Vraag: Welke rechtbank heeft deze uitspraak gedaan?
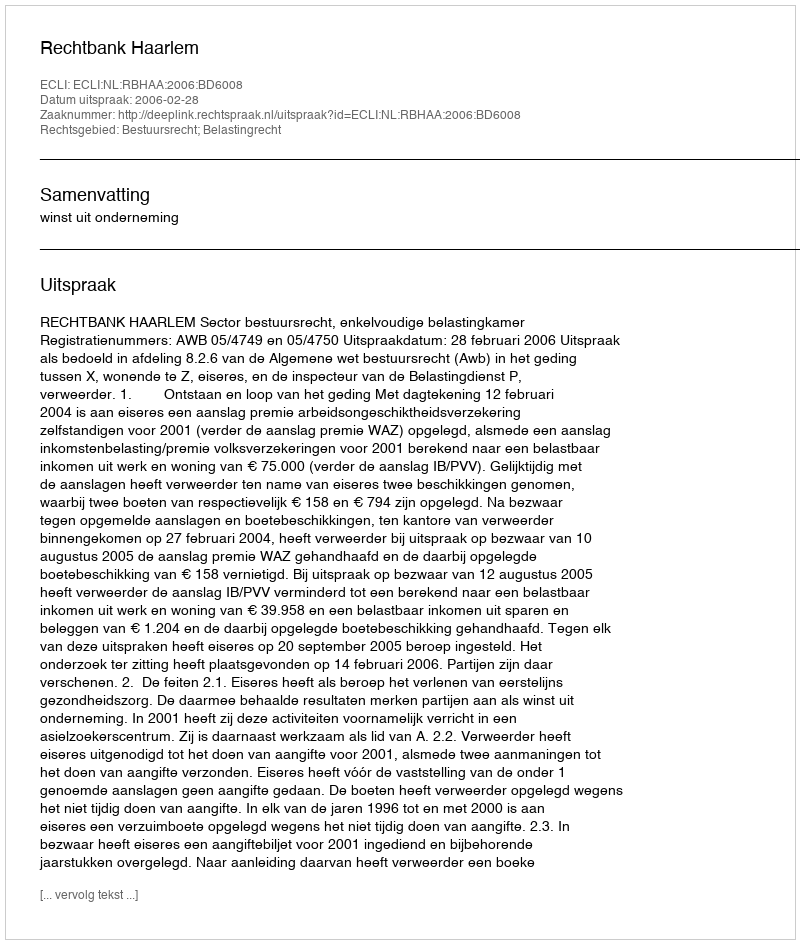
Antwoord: Rechtbank Haarlem